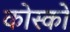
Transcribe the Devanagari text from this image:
कोस्को